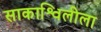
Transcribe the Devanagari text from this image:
साकाश्विलीला